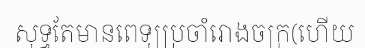
សុទ្ធតែមានពេទ្យប្រចាំរោងចក្រ(ហើយ